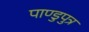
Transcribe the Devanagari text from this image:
पाण्डुपुत्र